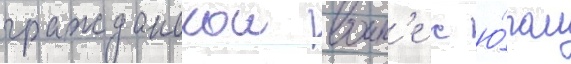
гражданскои воин'е с ю́гом